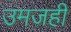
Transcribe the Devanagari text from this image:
उमजही